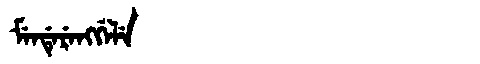
Manchu: ᠮᡝᠨᡩᡝᡵᡝᠩᡤᡝᠯᡝ
Romanization: MENDERENGGELE